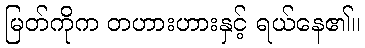
မြတ်ကိုက တဟားဟားနှင့် ရယ်နေ၏။